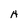
Character: H